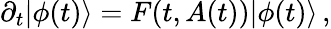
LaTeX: \partial_{t}|\phi(t)\rangle=F(t,A(t))|\phi(t)\rangle\, ,